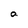
Character: a